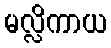
မလ္လိကာယ